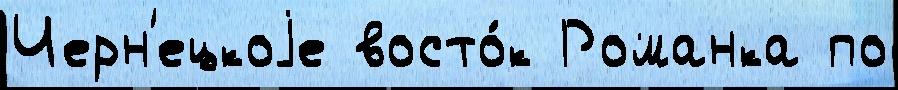
Черн'ецкоjе восто́к Романка по